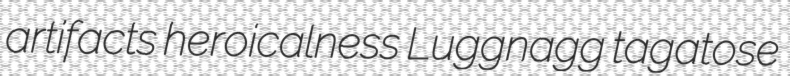
artifacts heroicalness Luggnagg tagatose